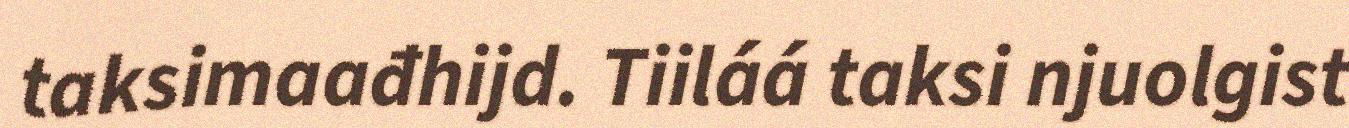
taksimaađhijd. Tiiláá taksi njuolgist